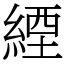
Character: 緸